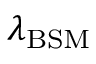
\lambda _ { \mathrm { B S M } }